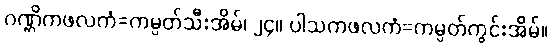
ဂဏ္ဌိကဖလကံ=ကမ္ပတ်သီးအိမ်၊ ၂၄။ ပါသကဖလကံ=ကမ္ပတ်ကွင်းအိမ်။